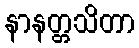
နာနတ္တသိတာ